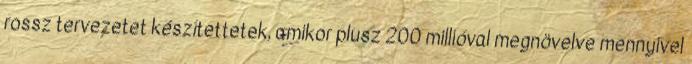
rossz tervezetet készítettetek, amikor plusz 200 millióval megnövelve mennyivel